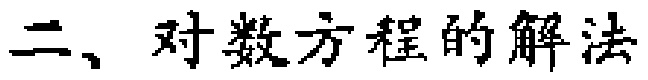
二、对数方程的解法